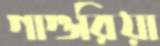
গাগুরিয়া